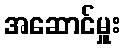
အဆောင်မှူး